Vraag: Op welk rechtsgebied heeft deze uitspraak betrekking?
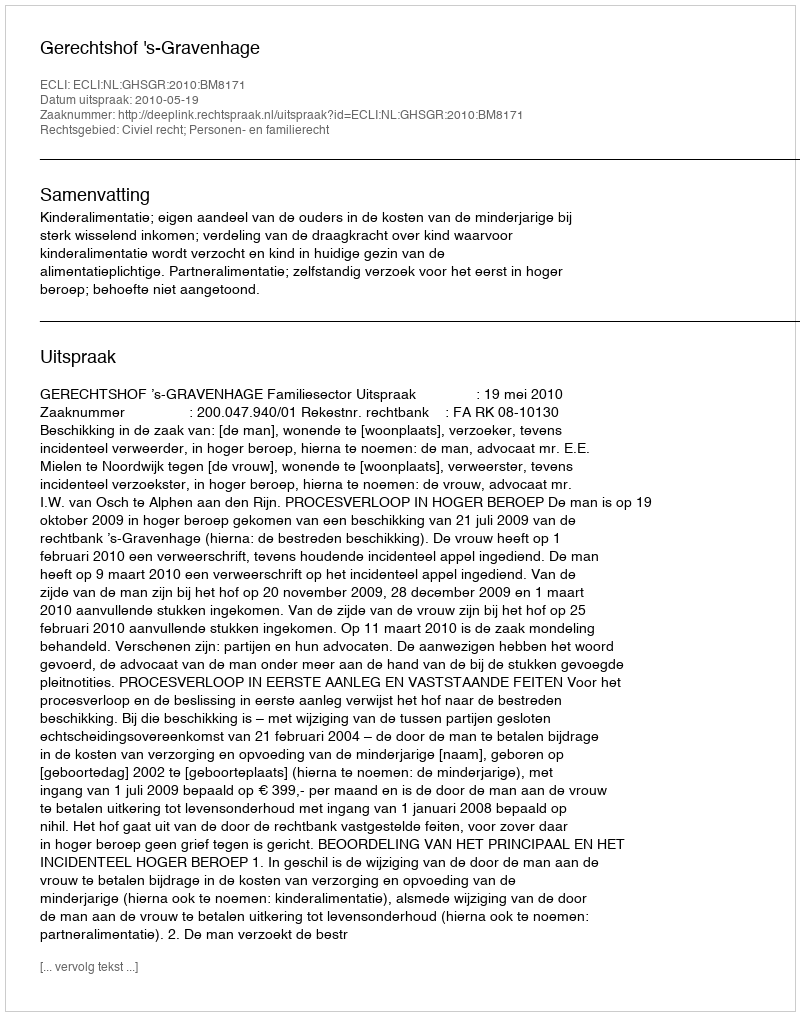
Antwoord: Civiel recht; Personen- en familierecht